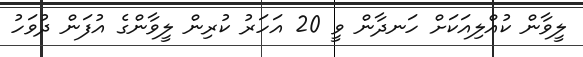
ލީވާން ކުއްލިއަކަށް ހަނދާން ވީ 20 އަހަރު ކުރިން ލީވާންގެ އުފަން ދުވަހު